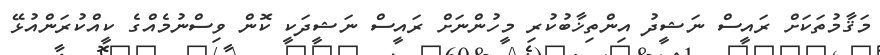
މަޤާމުތަކަށް ރައީސް ނަޝީދު އިންތިޚާބުކުރި މީހުންނަށް ރައީސް ނަޝީދަކީ ކޮން ވިސްނުމެއްގެ ކީއްކުރަންއުޅޭ